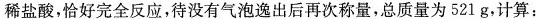
稀盐酸，恰好完全反应，待没有气泡逸出后再次称量，总质量为521g，计算：